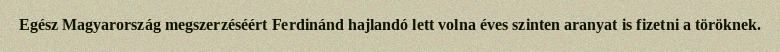
Egész Magyarország megszerzéséért Ferdinánd hajlandó lett volna éves szinten aranyat is fizetni a töröknek.